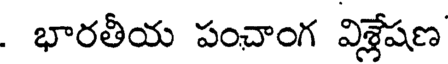
. భారతీయ పంచాంగ విశ్లేషణ